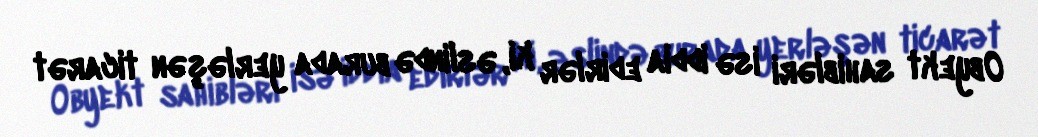
Obyekt sahibləri isə iddia edirlər ki, əslində burada yerləşən ticarət